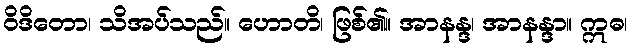
ဝိဒိတော၊ သိအပ်သည်။ ဟောတိ၊ ဖြစ်၏။ အာနန္ဒ၊ အာနန္ဒာ။ ဣဓ၊